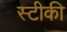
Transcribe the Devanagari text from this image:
स्टीकी